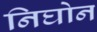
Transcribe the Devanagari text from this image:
निघोन